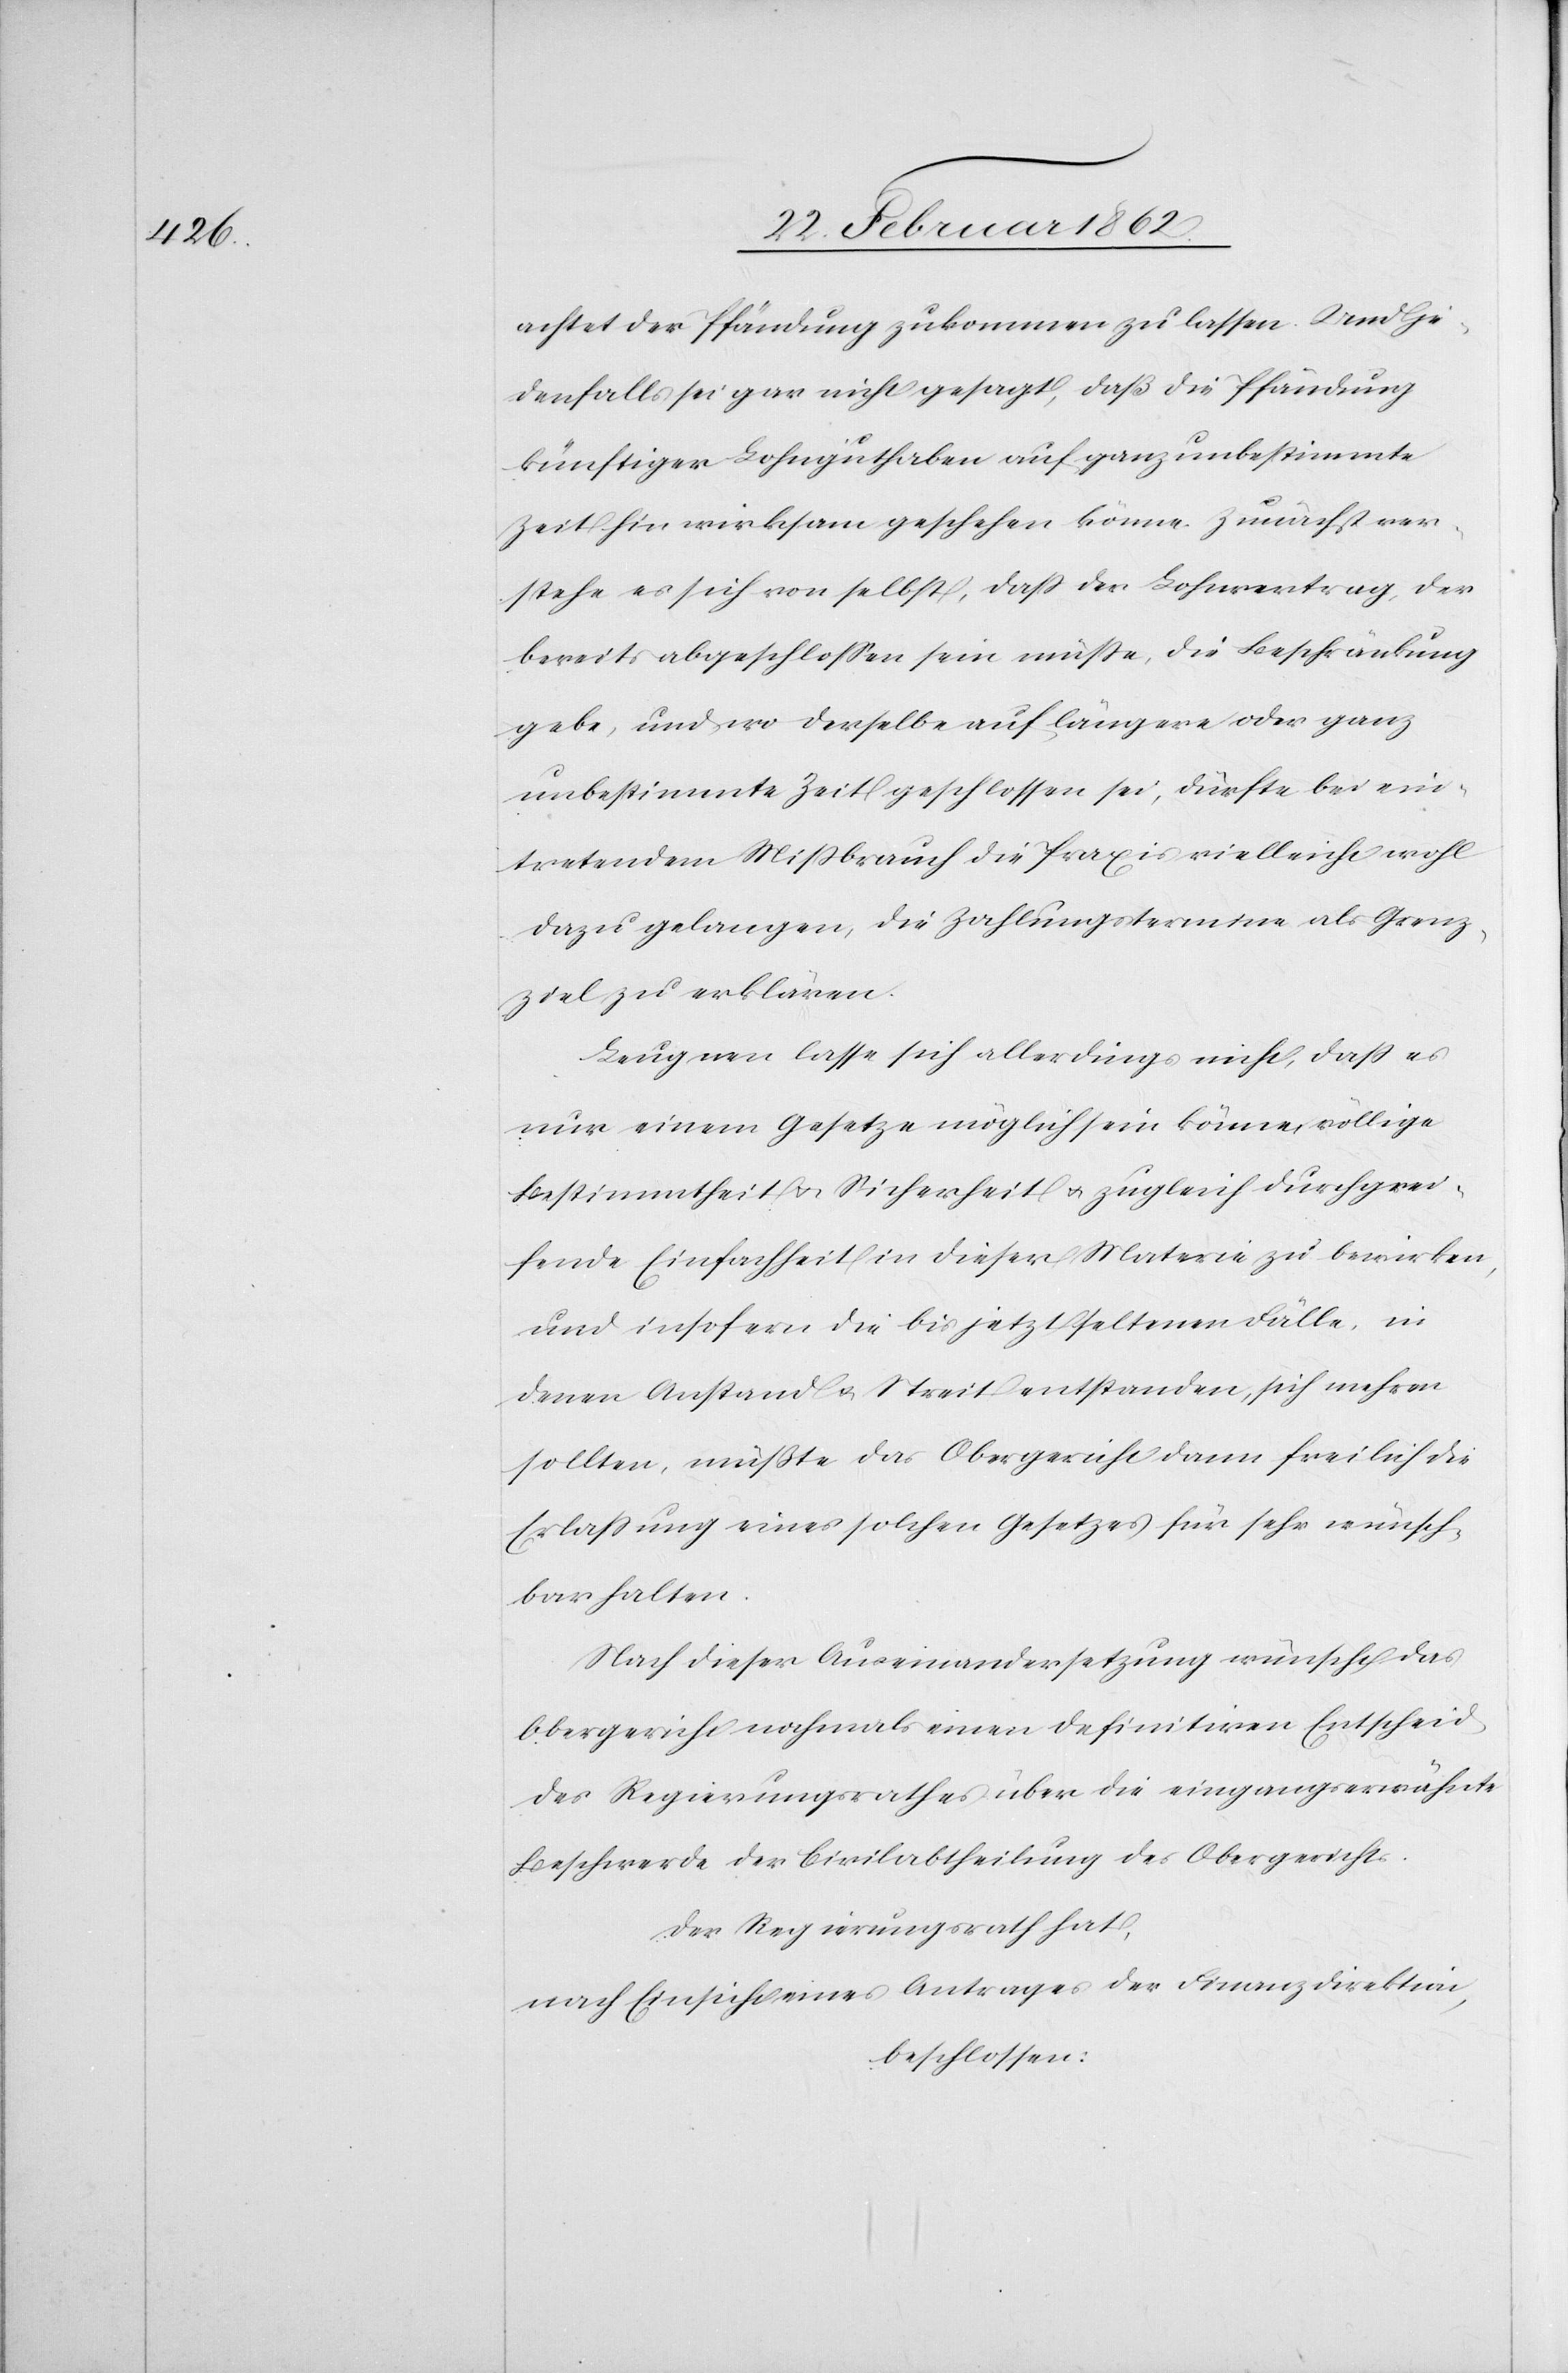
achtet der Pfändung zukommen zu lassen. Und je¬
denfalls sei gar nicht gesagt, daß die Pfändung
künftiger Lohnguthaben auf ganz unbestimmte
Zeit hin wirksam geschehen könne. Zunächst ver¬
stehe es sich von selbst, daß der Lohnerertrag, der
bereits abgeschloßen sein müße, die Beschränkung
gebe, und wo derselbe auf längere oder ganz
unbestimmte Zeit geschlossen sei, dürfte bei ein¬
tretendem Mißbrauch die Praxis vielleicht wohl
dazu gelangen, die Zahlungstermine als Grenz¬
ziel zu erklären.
Leugnen lasse sich allerdings nicht, daß es
nur einem Gesetze möglich sein könne, völlige
Bestimmtheit u. Sicherheit u. zugleich durchgrei¬
fende Einfachheit in dieser Materie zu bewirken,
und insofern die bis jetzt seltenen Fälle, in
denen Anstand u. Streit entstanden, sich mehren
sollten, müßte das Obergericht dann freilich die
Erlaßung eines solchen Gesetzes für sehr wünsch¬
bar halten.
Nach dieser Auseinandersetzung wünscht das
Obergericht nochmals einen definitiven Entscheid
des Regierungsrathes über die eingangs erwähnte
Beschwerde der Civilabtheilung des Obergerichts.
Der Regierungsrath hat,
nach Einsicht eines Antrages der Finanzdirektion,
beschlossen: